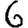
Digit: 6